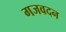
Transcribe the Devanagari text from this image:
गजवदन